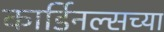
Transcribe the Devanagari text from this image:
कार्डिनल्सच्या